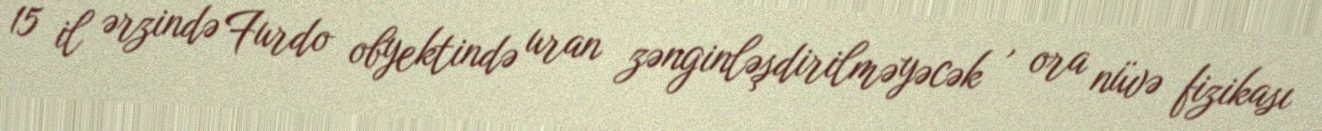
15 il ərzində Furdo obyektində uran zənginləşdirilməyəcək , ora nüvə fizikası